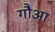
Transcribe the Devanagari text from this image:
गौआ